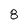
Character: 8